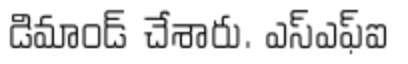
డిమాండ్ చేశారు. ఎస్ఎఫ్ఐ